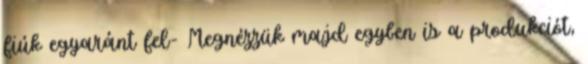
fiúk egyaránt fel- Megnézzük majd egyben is a produkciót,